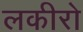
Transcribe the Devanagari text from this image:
लकीरो